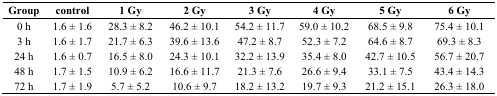
<table><thead><tr><td><b>Group</b></td><td><b>control</b></td><td><b>1 Gy</b></td><td><b>2 Gy</b></td><td><b>3 Gy</b></td><td><b>4 Gy</b></td><td><b>5 Gy</b></td><td><b>6 Gy</b></td></tr></thead><tbody><tr><td>0 h</td><td>1.6 ± 1.6</td><td>28.3 ± 8.2</td><td>46.2 ± 10.1</td><td>54.2 ± 11.7</td><td>59.0 ± 10.2</td><td>68.5 ± 9.8</td><td>75.4 ± 10.1</td></tr><tr><td>3 h</td><td>1.6 ± 1.7</td><td>21.7 ± 6.3</td><td>39.6 ± 13.6</td><td>47.2 ± 8.7</td><td>52.3 ± 7.2</td><td>64.6 ± 8.7</td><td>69.3 ± 8.3</td></tr><tr><td>24 h</td><td>1.6 ± 0.7</td><td>16.5 ± 8.0</td><td>24.3 ± 10.1</td><td>32.2 ± 13.9</td><td>35.4 ± 8.0</td><td>42.7 ± 10.5</td><td>56.7 ± 20.7</td></tr><tr><td>48 h</td><td>1.7 ± 1.5</td><td>10.9 ± 6.2</td><td>16.6 ± 11.7</td><td>21.3 ± 7.6</td><td>26.6 ± 9.4</td><td>33.1 ± 7.5</td><td>43.4 ± 14.3</td></tr><tr><td>72 h</td><td>1.7 ± 1.9</td><td>5.7 ± 5.2</td><td>10.6 ± 9.7</td><td>18.2 ± 13.2</td><td>19.7 ± 9.3</td><td>21.2 ± 15.1</td><td>26.3 ± 18.0</td></tr></tbody></table>